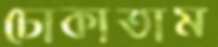
ঢোকাতাম